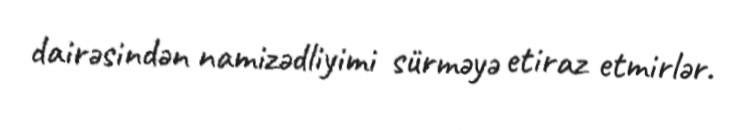
dairəsindən namizədliyimi sürməyə etiraz etmirlər.